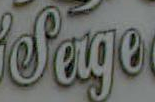
Sage